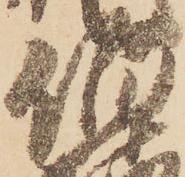
伯